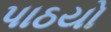
પાઠયો